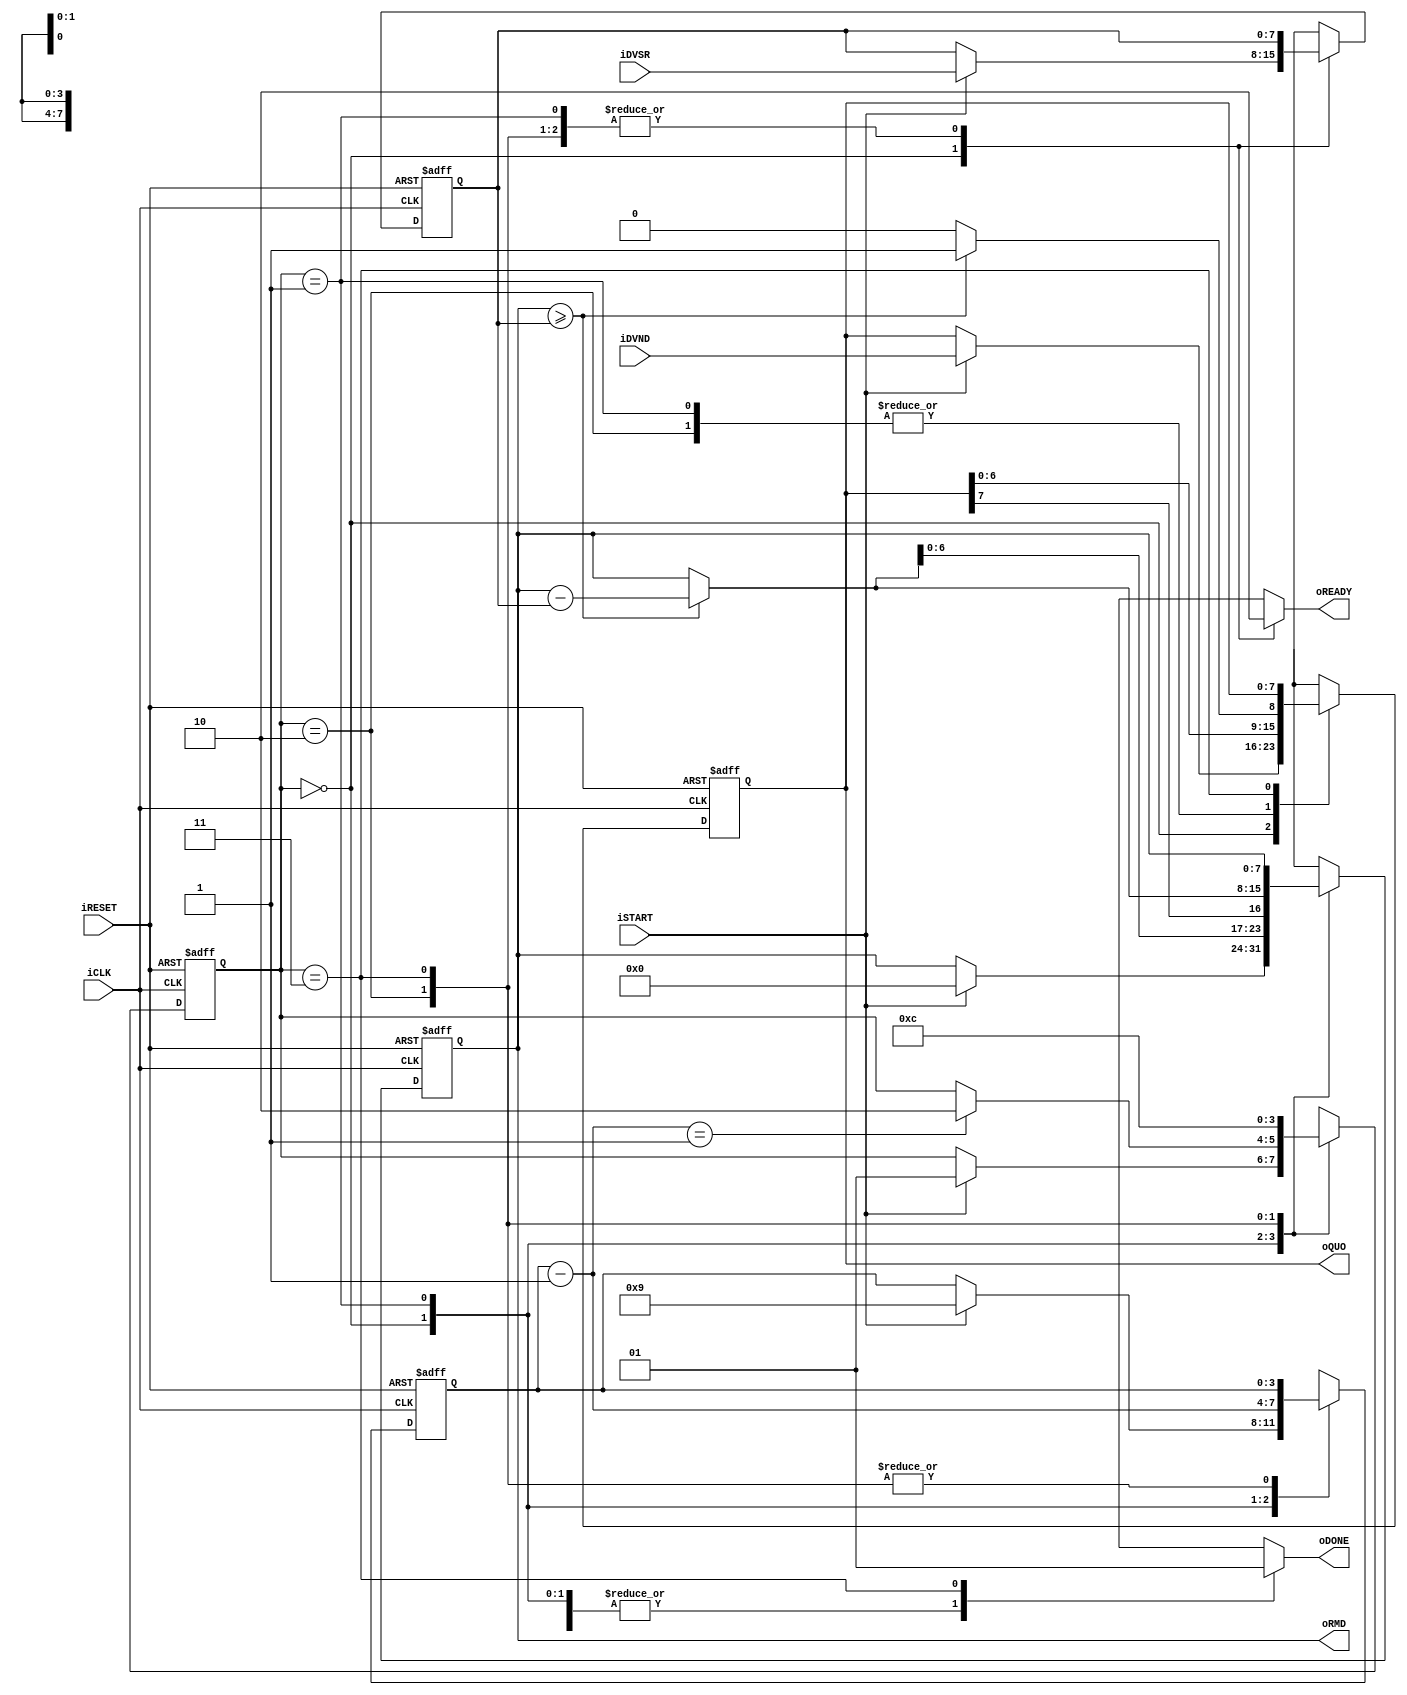
module div
	#(
		parameter W = 8,
		parameter CBIT = $clog2(W) + 1
	)
	(
		input wire iCLK, iRESET,
		input wire iSTART,
		input wire [W-1:0] iDVSR, iDVND,
		output reg oREADY, oDONE,
		output wire [W-1:0] oQUO, oRMD
	);

	// symbolic state declaration
	localparam [1:0]
		idle = 2'b00,
		op   = 2'b01,
		last = 2'b10,
		done = 2'b11;
	
	// signal declaration
	reg [1:0] state_reg, state_next;
	reg [W-1:0] rh_reg, rh_next, rl_reg, rl_next, rh_tmp;
	reg [W-1:0] d_reg, d_next;
	reg [CBIT-1:0] n_reg, n_next;
	reg q_bit;

	// body
	// FSMD state and data registers
	always @(posedge iCLK, posedge iRESET)
		if (iRESET)
			begin
				state_reg <= idle;
				rh_reg <= 0;
				rl_reg <= 0;
				d_reg <= 0;
				n_reg <= 0;
			end
		else
			begin
				state_reg <= state_next;
				rh_reg <= rh_next;
				rl_reg <= rl_next;
				d_reg <= d_next;
				n_reg <= n_next;
			end
	
	always @*
	begin
		state_next = state_reg;
		oREADY = 1'b0;
		oDONE = 1'b0;
		rh_next = rh_reg;
		rl_next = rl_reg;
		d_next = d_reg;
		n_next = n_reg;
		case (state_reg)
			idle:
				begin
					oREADY = 1'b1;
					if (iSTART)
						begin
							rh_next = 0;
							rl_next = iDVND;		// dividend
							d_next = iDVSR;		// divisor
							n_next = W + 1;		// index
							state_next = op;
						end
				end
			op:
				begin
					// shift rh and rl left
					rl_next = {rl_reg[W-2:0], q_bit};
					rh_next = {rh_tmp[W-2:0], rl_reg[W-1]};
					// decrease index
					n_next = n_reg - 1;
					if (n_next == 1)
						state_next = last;
				end
			last:	// last iteration
				begin
					rl_next = {rl_reg[W-2:0], q_bit};
					rh_next = rh_tmp;
					state_next = done;
				end
			done:
				begin
					oDONE = 1'b1;
					state_next = idle;
				end
			default: state_next = idle;
		endcase
	end

	// compare and subtract circuit
	always @*
		if (rh_reg >= d_reg)
			begin
				rh_tmp = rh_reg - d_reg;
				q_bit = 1'b1;
			end
		else
			begin
				rh_tmp = rh_reg;
				q_bit = 1'b0;
			end
	
	// output
	assign oQUO = rl_reg;
	assign oRMD = rh_reg;
endmodule